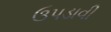
ઉપડાવી